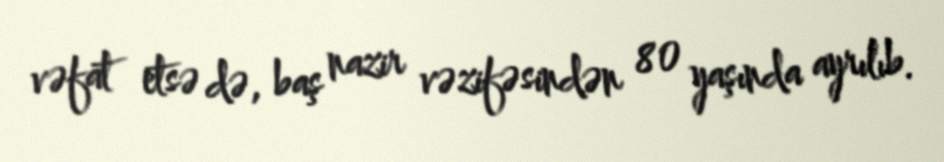
vəfat etsə də, baş nazir vəzifəsindən 80 yaşında ayrılıb.